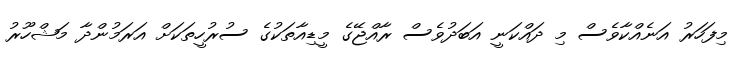
މިފަހަރު އަނެއްކާވެސް މި ދައްކަނީ އަބަދުވެސް ރާއްޖޭގެ މީޑިއާތަކުގެ ސުރުހީތަކަށް އަރަމުންދާ މަޝްހޫރު